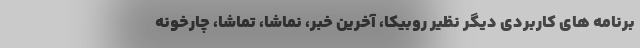
برنامه های کاربردی دیگر نظیر روبیکا، آخرین خبر، نماشا، تماشا، چارخونه